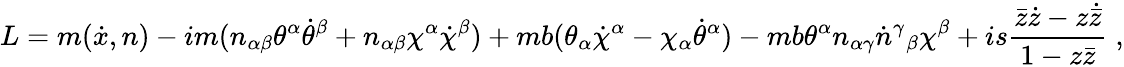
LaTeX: L=m(\dot{x},n)-im(n_{\alpha\beta}\theta^{\alpha}\dot{\theta}^{\beta}+n_{\alpha\beta}\chi^{\alpha}\dot{\chi}^{\beta})+mb(\theta_{\alpha}\dot{\chi}^{\alpha}-\chi_{\alpha}\dot{\theta}^{\alpha})-mb\theta^{\alpha}n_{\alpha\gamma}\dot{n}^{\gamma}{}_{\beta}\chi^{\beta}+is\frac{\bar{z}\dot{z}-z\dot{\bar{z}}}{1-z\bar{z}}\; ,